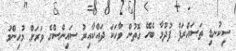
ސިކުނޑި ތަސައްރަފް ފުދުމާ ބެހޭ ގޮތުން ވާހަކަ ދައްކާއިރު ސައިންސްގެ ވަރަށް މުހިންމު